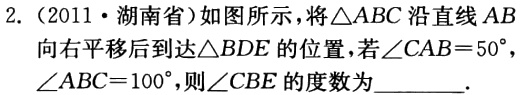
2.（2011·湖南省）如图所示，将\(\triangle ABC\)沿直线\(AB\)向右平移后到达\(\triangle BDE\)的位置，若\(\angle CAB = 50^{\circ}\)，\(\angle ABC = 100^{\circ}\)，则\(\angle CBE\)的度数为  。